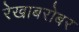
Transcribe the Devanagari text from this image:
रेखाबरोबर